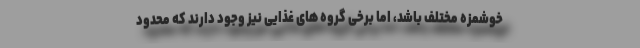
خوشمزه مختلف باشد، اما برخی گروه های غذایی نیز وجود دارند که محدود